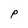
Character: P